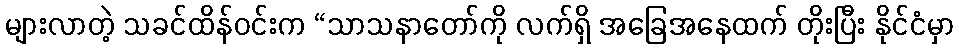
များလာတဲ့ သခင်ထိန်ဝင်းက “သာသနာတော်ကို လက်ရှိ အခြေအနေထက် တိုးပြီး နိုင်ငံမှာ